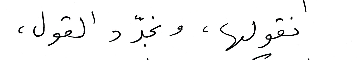
نقولها، ونجّدد القول ،